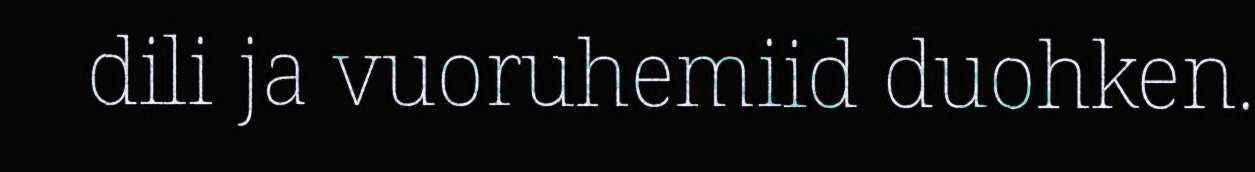
dili ja vuoruhemiid duohken.